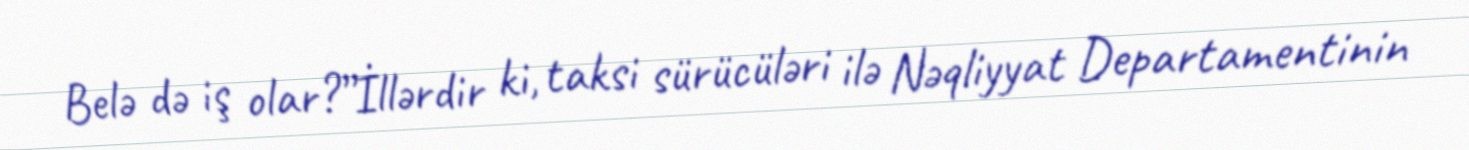
Belə də iş olar?”İllərdir ki, taksi sürücüləri ilə Nəqliyyat Departamentinin